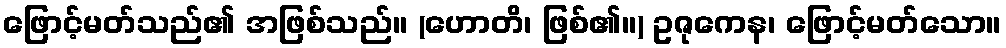
ဖြောင့်မတ်သည်၏ အဖြစ်သည်။ (ဟောတိ၊ ဖြစ်၏။) ဥဇုကေန၊ ဖြောင့်မတ်သော။